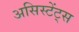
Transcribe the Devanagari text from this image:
असिस्टेंट्स